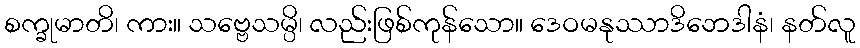
စက္ခုမာတိ၊ ကား။ သဗ္ဗေသမ္ပိ၊ လည်းဖြစ်ကုန်သော။ ဒေဝမနုဿာဒိဘေဒါနံ၊ နတ်လူ